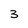
Character: 3